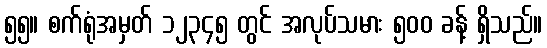
၅၅။ စက်ရုံအမှတ် ၁၂၃၄၅ တွင် အလုပ်သမား ၅၀၀ ခန့် ရှိသည်။